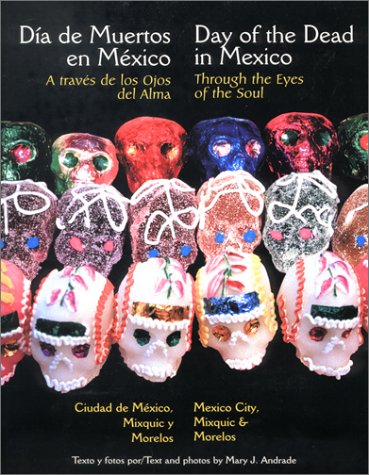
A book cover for Through the Eyes of the Soul, Day of the Dead in Mexico - Mexico City, Mixquic and Morelos  (English and Spanish Edition); Mary J. Andrade; Politics & Social Sciences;